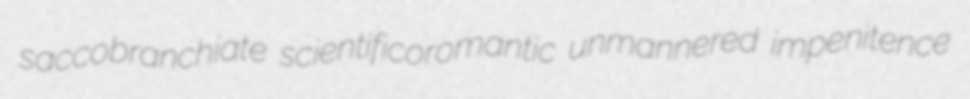
saccobranchiate scientificoromantic unmannered impenitence